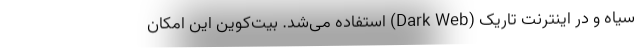
سیاه و در اینترنت تاریک (Dark Web) استفاده می‌شد. بیت‌کوین این امکان